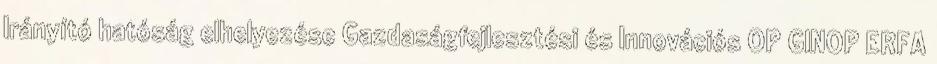
Irányító hatóság elhelyezése Gazdaságfejlesztési és Innovációs OP GINOP ERFA